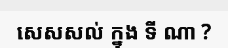
សេសសល់ ក្នុង ទី ណា ?